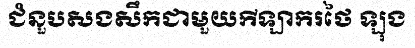
ជំនួបសងសឹកជាមួយកីឡាករថៃ ឡុង